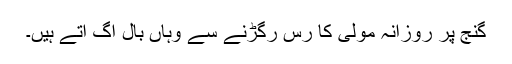
گنج پر روزانہ مولی کا رس رگڑنے سے وہاں بال اُگ آتے ہیں۔